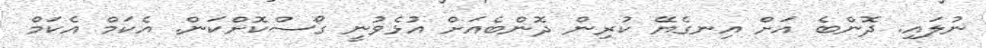
ނުލައި. ދޮންބެ އަށް އިނގެޔޭ ކުރިން ދޮންބެއަށް އުޅެވުނީ ގޯސްކޮށްކަން. އެކަމް އެކަމް